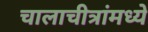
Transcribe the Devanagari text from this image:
चालाचीत्रांमध्ये